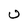
Character: U